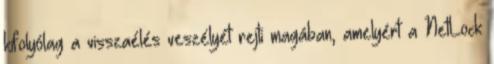
kifolyólag a visszaélés veszélyét rejti magában, amelyért a NetLock